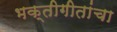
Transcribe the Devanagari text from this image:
भक्तीगीतांचा